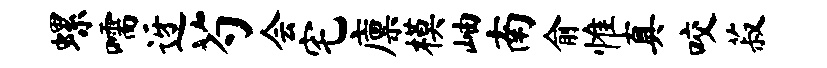
螺嚅迓芍会宅廪模岫南俞惟真咬菽